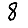
Digit: 8